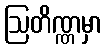
ဩတိဏ္ဏမှာ